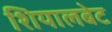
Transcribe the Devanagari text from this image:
शियालबेट